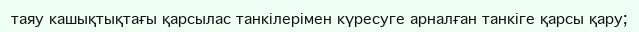
таяу кашықтықтағы қарсылас танкілерімен күресуге арналған танкіге қарсы қару;